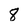
Character: 8